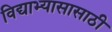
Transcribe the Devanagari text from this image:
विद्याभ्यासासाठी